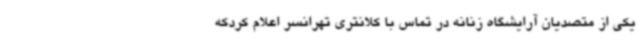
یکی از متصدیان آرایشگاه زنانه در تماس با کلانتری تهرانسر اعلام کردکه